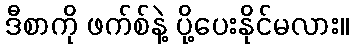
ဒီစာကို ဖက်စ်နဲ့ ပို့ပေးနိုင်မလား။